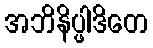
အဘိနိပ္ဖါဒိတေ